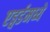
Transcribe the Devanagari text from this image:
एड्वर्डमध्ये